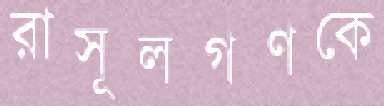
রাসূলগণকে